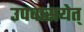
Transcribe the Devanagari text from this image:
उपवासयेत्